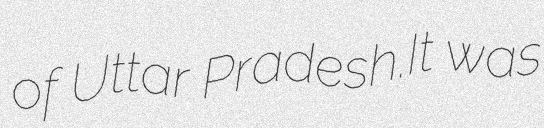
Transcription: of Uttar Pradesh.It was